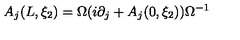
A _ { j } ( L , \xi _ { 2 } ) = \Omega ( i \partial _ { j } + A _ { j } ( 0 , \xi _ { 2 } ) ) \Omega ^ { - 1 }